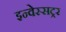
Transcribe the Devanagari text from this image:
इन्वेस्सट्रर